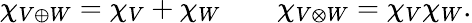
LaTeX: \chi_{V\oplus W}=\chi_{V}+\chi_{W}\qquad\chi_{V\otimes W}=\chi_{V}\chi_{W}.